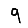
Digit: 9